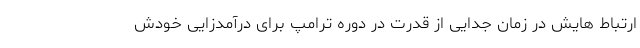
ارتباط هایش در زمان جدایی از قدرت در دوره ترامپ برای درآمدزایی خودش